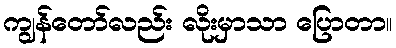
ကျွန်တော်လည်း လိုးမှာသာ ပြောတာ။